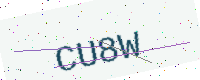
Text: CU8W